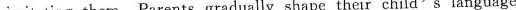
imitating them. Parents gradually shape their child's language